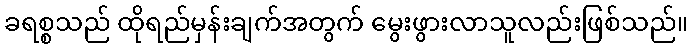
ခရစ္စသည် ထိုရည်မှန်းချက်အတွက် မွေးဖွားလာသူလည်းဖြစ်သည်။